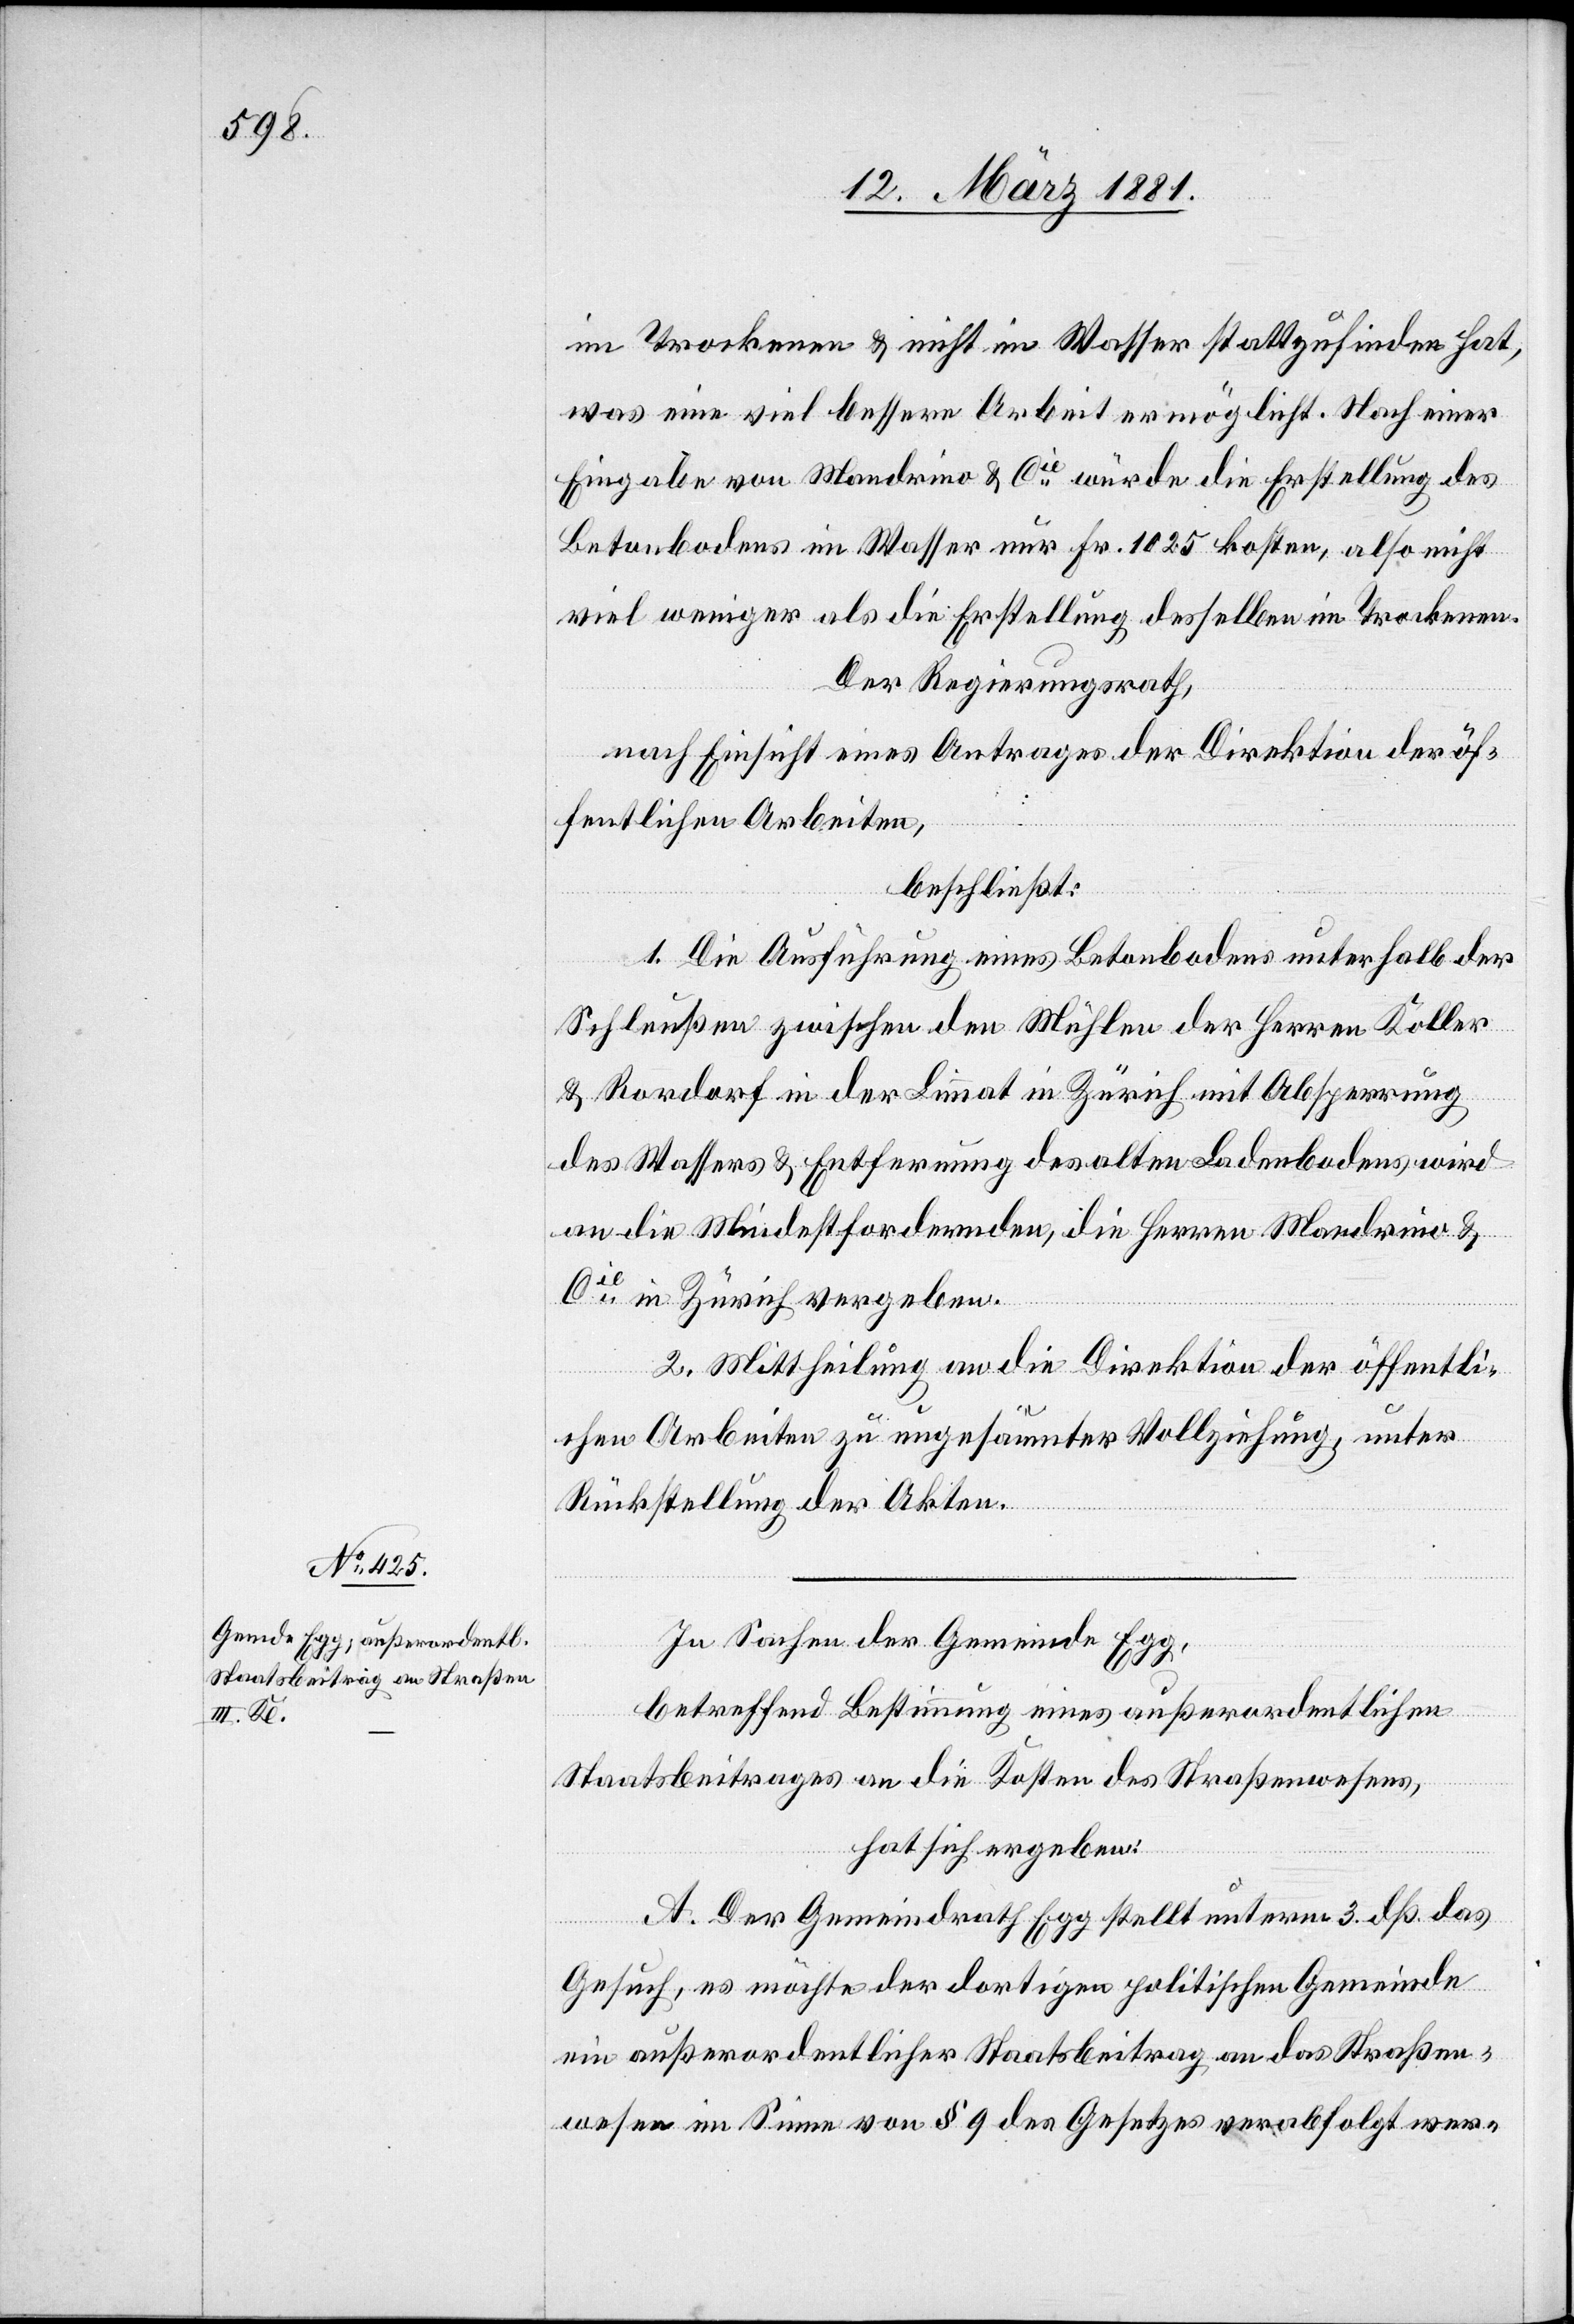
im Trockenen & nicht im Wasser stattzufinden hat,
was eine viel bessere Arbeit ermöglicht. Nach einer
Eingabe von Mandrino & Cie würde die Erstellung des
Betonbodens im Wasser nur Fr. 1025 kosten, also nicht
viel weniger als die Erstellung desselben im Trockenen.
Der Regierungsrath,
nach Einsicht eines Antrages der Direktion der öf¬
fentlichen Arbeiten,
beschließt:
1. Die Ausführung eines Betonbodens unterhalb der
Schleußen zwischen den Mühlen der Herren Koller
& Rordorf in der Limmat in Zürich mit Absperrung
des Wassers & Entfernung des alten Ladenbodens wird
an die Mindestfordernden, die Herren Mandrino &
Cie in Zürich vergeben.
2. Mittheilung an die Direktion der öffentli¬
chen Arbeiten zu ungesäumter Vollziehung unter
Rückstellung der Akten.
In Sachen der Gemeinde Egg,
betreffend Bestimmung eines außerordentlichen
Staatsbeitrages an die Kosten des Straßenwesens,
hat sich ergeben:
A. Der Gemeindrath Egg stellt unterm 3. dß. das
Gesuch, es möchte der dortigen politischen Gemeinde
ein außerordentlicher Staatsbeitrag an das Straßen¬
wesen im Sinne von § 9 des Gesetzes verabfolgt wer-